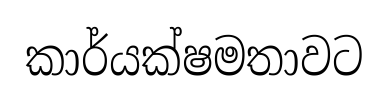
කාර්යක්ෂමතාවට